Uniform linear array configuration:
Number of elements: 64
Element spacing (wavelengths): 0.25
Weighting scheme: blackman
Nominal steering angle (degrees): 15
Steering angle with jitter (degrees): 13.417
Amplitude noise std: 0.05
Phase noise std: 0.05

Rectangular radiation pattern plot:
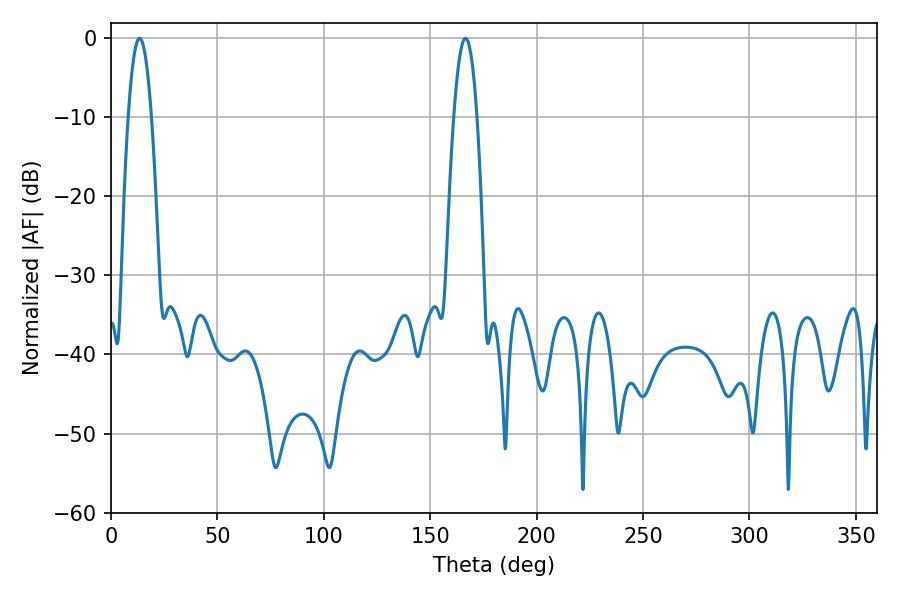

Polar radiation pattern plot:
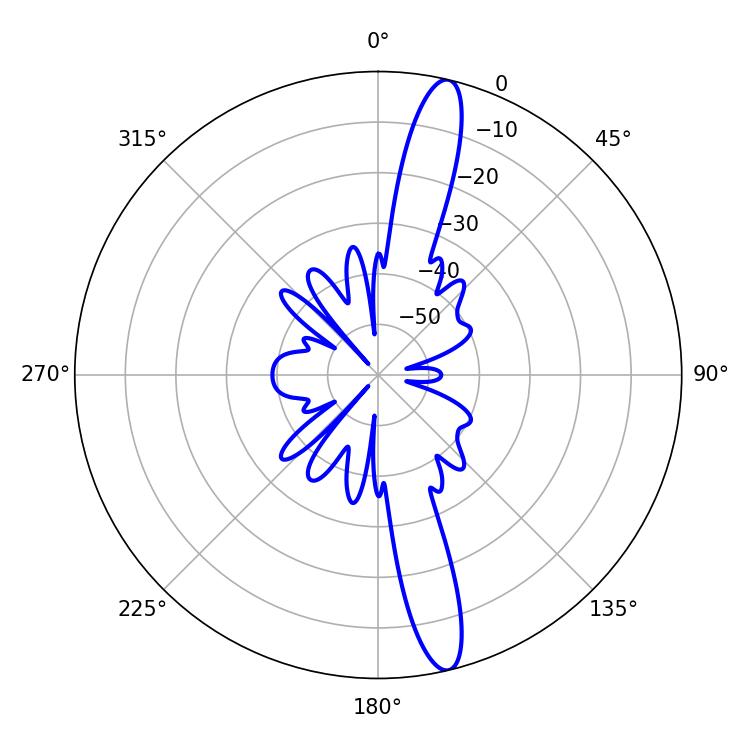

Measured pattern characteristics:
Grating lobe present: FALSE
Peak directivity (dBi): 15.795
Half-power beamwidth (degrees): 5.94
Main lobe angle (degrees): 13.5